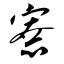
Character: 寮